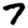
Digit: 7